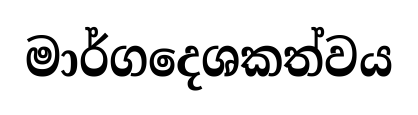
මාර්ගදෙශකත්වය